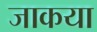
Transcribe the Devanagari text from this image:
जाकया